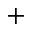
^ +